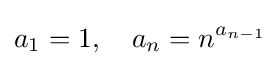
a_{1}=1,\quad a_{n}=n^{a_{n-1}}